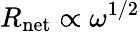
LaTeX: R_{\mathrm{net}}\propto\omega^{1/2}